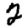
Digit: 2